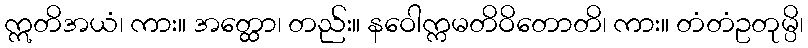
ဣတိအယံ၊ ကား။ အတ္ထော၊ တည်း။ နဝေါက္ကမတိဝိတောတိ၊ ကား။ တံတံဥတုမ္ပိ၊